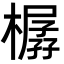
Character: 樼